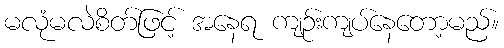
မလုံမလဲစိတ်ဖြင့် အနေရ ကျဉ်းကျပ်နေတော့မည်။